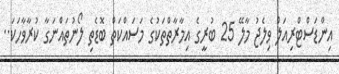
އިންޑަސްޓްރިއަލް ވިލެޖު މާލޭ 25 ބުރީގެ އިމާރާތްތަކުގެ މަސައްްކަތް ބޮޑެތި ލޯނުތައްނަގާ ކުރާވާހަކަ..